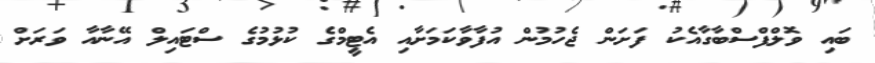
ބައި ވޮލްފްސްބާގާއެކު ފަށަން ޖެހުމުން އުފާވާކަމަށާއި އެޓީމްގެ ކުޅުމުގެ ސްޓައިލް އޭނާއާ ވަރަށް